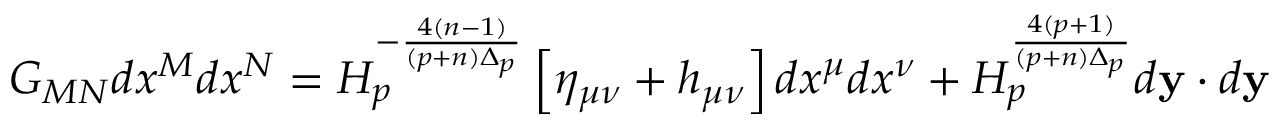
G _ { M N } d x ^ { M } d x ^ { N } = H _ { p } ^ { - { \frac { 4 ( n - 1 ) } { ( p + n ) \Delta _ { p } } } } \left[ \eta _ { \mu \nu } + h _ { \mu \nu } \right] d x ^ { \mu } d x ^ { \nu } + H _ { p } ^ { \frac { 4 ( p + 1 ) } { ( p + n ) \Delta _ { p } } } d { \bf y } \cdot d { \bf y }